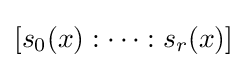
[s_{0}(x):\dots :s_{r}(x)]